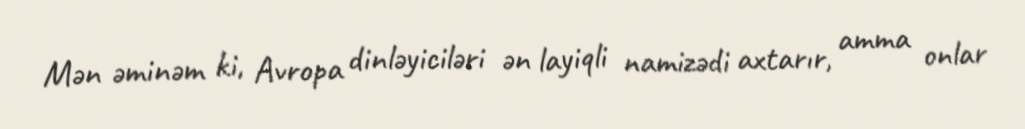
Mən əminəm ki, Avropa dinləyiciləri ən layiqli namizədi axtarır, amma onlar